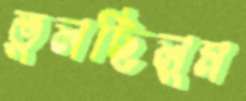
ভুলছিলুম